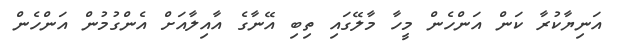
އަނިޔާކުރާ ކަން އަންހެން މީހާ މާލޭގައި ތިބި އޭނާގެ އާއިލާއަށް އެންގުމުން އަންހެން